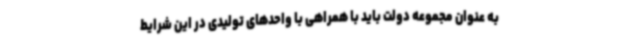
به عنوان مجموعه دولت باید با همراهی با واحدهای تولیدی در این شرایط